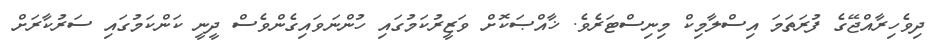
ދިވެހިރާއްޖޭގެ ފުރަތަމަ އިސްލާމިކް މިނިސްޓަރެވެ. ޚާއްޞަކޮށް ވަޒީރުކަމުގައި ހުންނަވައިގެންވެސް ދީނީ ކަންކަމުގައި ސަރުކާރަށް